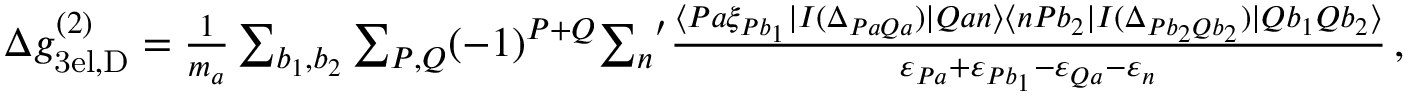
\begin{array} { r } { \Delta g _ { \mathrm { 3 e l , D } } ^ { ( 2 ) } = \frac { 1 } { m _ { a } } \sum _ { b _ { 1 } , b _ { 2 } } \sum _ { P , Q } ( - 1 ) ^ { P + Q } { \sum _ { n } } ^ { \prime } \frac { \langle P a \xi _ { P b _ { 1 } } | I ( \Delta _ { P a Q a } ) | Q a n \rangle \langle n P b _ { 2 } | I ( \Delta _ { P b _ { 2 } Q b _ { 2 } } ) | Q b _ { 1 } Q b _ { 2 } \rangle } { \varepsilon _ { P a } + \varepsilon _ { P b _ { 1 } } - \varepsilon _ { Q a } - \varepsilon _ { n } } \, , } \end{array}